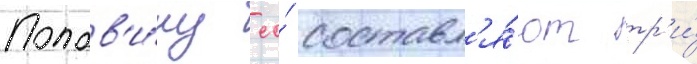
Полов'и́ну ео́ составл'я́ют тр'и́